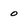
Character: o